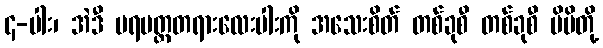
၄-ပါး၊ အဲဒီ ပရမတ္ထတရားလေးပါးကို အသေးစိတ် တစ်ခုစီ တစ်ခုစီ မိမိတို့